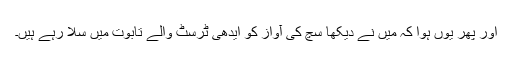
اور پھر یوں ہوا کہ میں نے دیکھا سچ کی آواز کو ایدھی ٹرسٹ والے تابوت میں سلا رہے ہیں۔